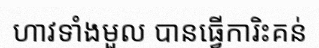
ហាវទាំងមួល បានធ្វើការិះគន់